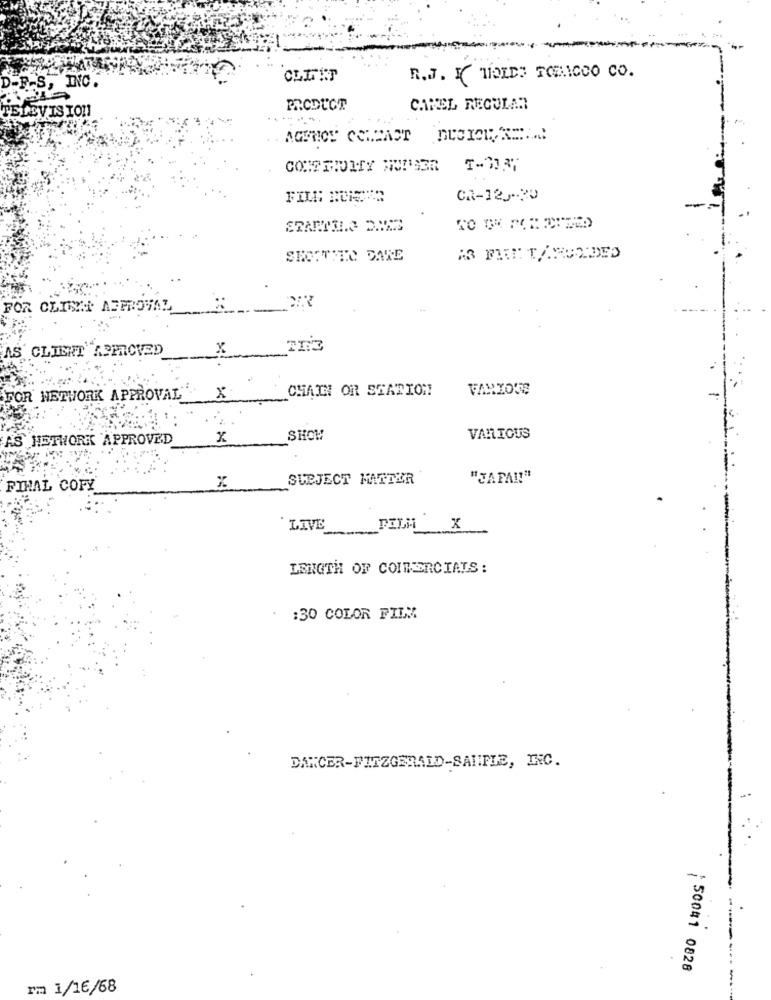
-
----
D-P-S, INC.
R.J. I HOLDS TORICCO CO.
TELEVISION
PRODUCT
CANEL REGULAR
AGUNOS COMCAST
CR-125-30
SEOGTITO DARE
13 FIEN TAPUADED
FOR CLICHE APPRO
AS CLIENT APPROVED
x
CHAIN OR STATION
FOR NETWORK APPROVAL
x
HETWORK APPROVED
x
SHOW
VARIOUS
SUBJECT MATTER
"JAPAN!"
FINAL COPY
LIVE
FILM X
LENGTH OF COIMERCIALS:
:30 COLOR FILM
DANCER-FITZGERALD-SANFLE, INC.
: 500#1 0828
rm 1/16/68